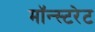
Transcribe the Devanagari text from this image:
मॉन्स्टरेट